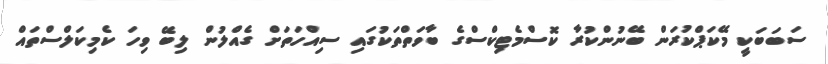
ސަބަބަކީ މޭކަޕްކުރަން ބޭނުންކުރާ ކޮސްމެޓިކްސްގެ ބާވަތްތަކުގައި ސިއްހަތަށް ގެއްލުން ލިބޭ ވިހަ ކެމިކަލްސްތައް